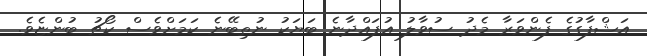
އަޝްފާގުގެ ފެންވަރާ މެދު ސުވާލު އުފައްދާނެ ބަޔަކު ނުތިބޭނެ ކަމަށްވެސް ކޯޗު ބުންޏެވެ.